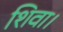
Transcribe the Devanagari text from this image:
शिवा।